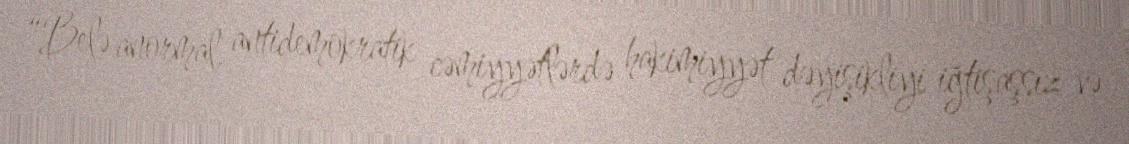
“Belə anormal, antidemokratik cəmiyyətlərdə hakimiyyət dəyişikliyi iğtişaşsız və